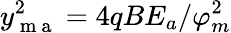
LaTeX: y_{\mathrm{~m~a~}}^{2}=4qBE_{a}/\varphi_{m}^{2}